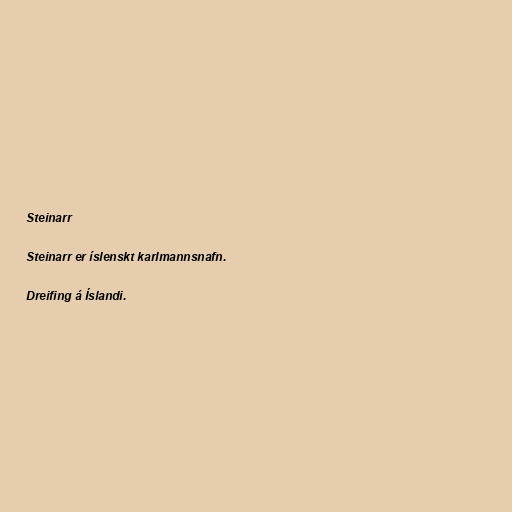
Steinarr

Steinarr er íslenskt karlmannsnafn.

Dreifing á Íslandi.